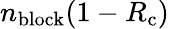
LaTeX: n_{\mathrm{block}}(1-R_{\mathrm{c}})